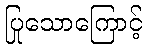
ပြုသောကြောင့်